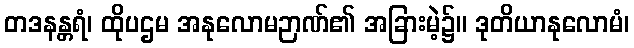
တဒနန္တရံ၊ ထိုပဌမ အနုလောမဉာဏ်၏ အခြားမဲ့၌။ ဒုတိယာနုလောမံ၊